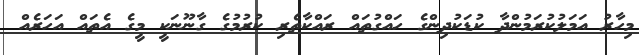
މިހާރު އަމަލުކުރަމުންދާ ކުޑަކުދިންގެ ހައްގުތައް ރައްކާތެރި ކުރުމުގެ ގާނޫނަކީ މީގެ އެތައް އަހަރެއް